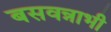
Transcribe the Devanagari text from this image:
बसवन्नाभी